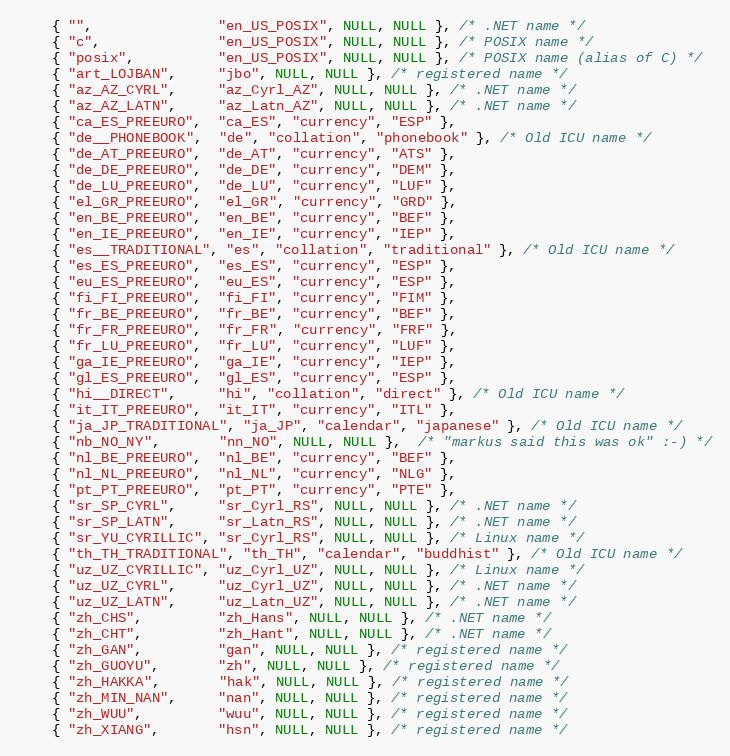
Language: C++
    { "",               "en_US_POSIX", NULL, NULL }, /* .NET name */
    { "c",              "en_US_POSIX", NULL, NULL }, /* POSIX name */
    { "posix",          "en_US_POSIX", NULL, NULL }, /* POSIX name (alias of C) */
    { "art_LOJBAN",     "jbo", NULL, NULL }, /* registered name */
    { "az_AZ_CYRL",     "az_Cyrl_AZ", NULL, NULL }, /* .NET name */
    { "az_AZ_LATN",     "az_Latn_AZ", NULL, NULL }, /* .NET name */
    { "ca_ES_PREEURO",  "ca_ES", "currency", "ESP" },
    { "de__PHONEBOOK",  "de", "collation", "phonebook" }, /* Old ICU name */
    { "de_AT_PREEURO",  "de_AT", "currency", "ATS" },
    { "de_DE_PREEURO",  "de_DE", "currency", "DEM" },
    { "de_LU_PREEURO",  "de_LU", "currency", "LUF" },
    { "el_GR_PREEURO",  "el_GR", "currency", "GRD" },
    { "en_BE_PREEURO",  "en_BE", "currency", "BEF" },
    { "en_IE_PREEURO",  "en_IE", "currency", "IEP" },
    { "es__TRADITIONAL", "es", "collation", "traditional" }, /* Old ICU name */
    { "es_ES_PREEURO",  "es_ES", "currency", "ESP" },
    { "eu_ES_PREEURO",  "eu_ES", "currency", "ESP" },
    { "fi_FI_PREEURO",  "fi_FI", "currency", "FIM" },
    { "fr_BE_PREEURO",  "fr_BE", "currency", "BEF" },
    { "fr_FR_PREEURO",  "fr_FR", "currency", "FRF" },
    { "fr_LU_PREEURO",  "fr_LU", "currency", "LUF" },
    { "ga_IE_PREEURO",  "ga_IE", "currency", "IEP" },
    { "gl_ES_PREEURO",  "gl_ES", "currency", "ESP" },
    { "hi__DIRECT",     "hi", "collation", "direct" }, /* Old ICU name */
    { "it_IT_PREEURO",  "it_IT", "currency", "ITL" },
    { "ja_JP_TRADITIONAL", "ja_JP", "calendar", "japanese" }, /* Old ICU name */
    { "nb_NO_NY",       "nn_NO", NULL, NULL },  /* "markus said this was ok" :-) */
    { "nl_BE_PREEURO",  "nl_BE", "currency", "BEF" },
    { "nl_NL_PREEURO",  "nl_NL", "currency", "NLG" },
    { "pt_PT_PREEURO",  "pt_PT", "currency", "PTE" },
    { "sr_SP_CYRL",     "sr_Cyrl_RS", NULL, NULL }, /* .NET name */
    { "sr_SP_LATN",     "sr_Latn_RS", NULL, NULL }, /* .NET name */
    { "sr_YU_CYRILLIC", "sr_Cyrl_RS", NULL, NULL }, /* Linux name */
    { "th_TH_TRADITIONAL", "th_TH", "calendar", "buddhist" }, /* Old ICU name */
    { "uz_UZ_CYRILLIC", "uz_Cyrl_UZ", NULL, NULL }, /* Linux name */
    { "uz_UZ_CYRL",     "uz_Cyrl_UZ", NULL, NULL }, /* .NET name */
    { "uz_UZ_LATN",     "uz_Latn_UZ", NULL, NULL }, /* .NET name */
    { "zh_CHS",         "zh_Hans", NULL, NULL }, /* .NET name */
    { "zh_CHT",         "zh_Hant", NULL, NULL }, /* .NET name */
    { "zh_GAN",         "gan", NULL, NULL }, /* registered name */
    { "zh_GUOYU",       "zh", NULL, NULL }, /* registered name */
    { "zh_HAKKA",       "hak", NULL, NULL }, /* registered name */
    { "zh_MIN_NAN",     "nan", NULL, NULL }, /* registered name */
    { "zh_WUU",         "wuu", NULL, NULL }, /* registered name */
    { "zh_XIANG",       "hsn", NULL, NULL }, /* registered name */